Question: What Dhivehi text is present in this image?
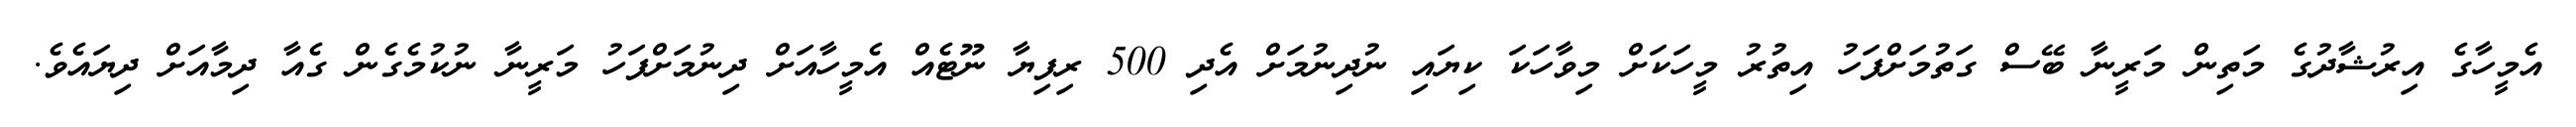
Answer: އެމީހާގެ އިރުޝާދުގެ މަތިން މަރީނާ ބޭސް ގަތުމަށްފަހު އިތުރު މީހަކަށް މިވާހަކަ ކިޔައި ނުދިނުމަށް އެދި 500 ރިފިޔާ ނޫޓެއް އެމީހާއަށް ދިނުމަށްފަހު މަރީނާ ނުކުމެގެން ގެއާ ދިމާއަށް ދިޔައެވެ.